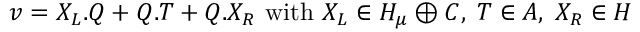
v = X _ { L } . Q + Q . T + Q . X _ { R } \mathrm { ~ w i t h ~ } X _ { L } \in { \cal H } _ { \mu } \oplus { \cal C } , \; T \in { \cal A } , \; X _ { R } \in \cal H